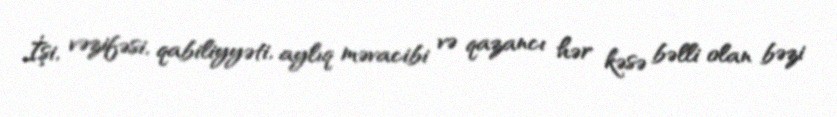
İşi, vəzifəsi, qabiliyyəti, aylıq məvacibi və qazancı hər kəsə bəlli olan bəzi